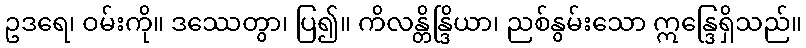
ဥဒရေ၊ ဝမ်းကို။ ဒဿေတွာ၊ ပြ၍။ ကိလန္တိန္ဒြိယာ၊ ညစ်နွမ်းသော ဣန္ဒြေရှိသည်။